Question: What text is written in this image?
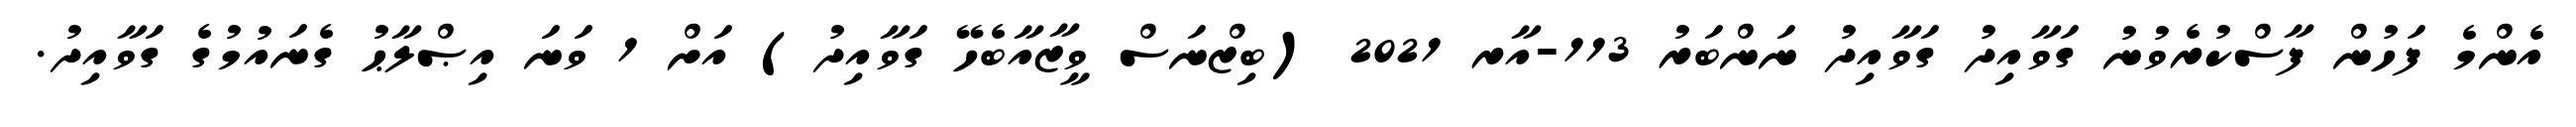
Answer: އެންމެ ފަހުން ފާސްކުރެވުނު ގަވާއިދު ގަވާއިދު ނަންބަރު 113-އާރ 2021 (ބިޒްނަސް ވީޒާއާބެހޭ ގަވާއިދު) އަށް 1 ވަނަ އިޞްލާޙު ގެނައުމުގެ ގަވާއިދު.